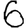
Digit: 6